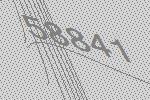
58841